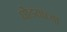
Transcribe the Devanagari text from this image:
घोडयाच्या